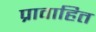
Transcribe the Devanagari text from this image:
प्रावाहित